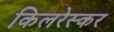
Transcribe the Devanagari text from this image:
किलरेस्कर